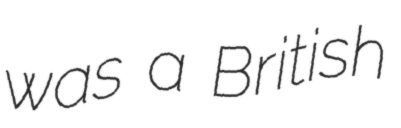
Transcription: was a British